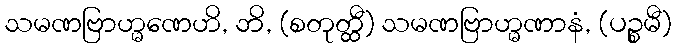
သမဏဗြာဟ္မဏေဟိ, ဘိ, (စတုတ္ထီ) သမဏဗြာဟ္မဏာနံ, (ပဉ္စမီ)